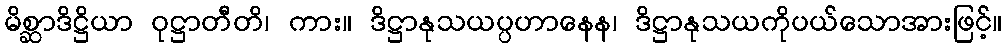
မိစ္ဆာဒိဋ္ဌိယာ ဝုဋ္ဌာတီတိ၊ ကား။ ဒိဋ္ဌာနုသယပ္ပဟာနေန၊ ဒိဋ္ဌာနုသယကိုပယ်သောအားဖြင့်။